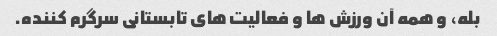
بله، و همه آن ورزش ها و فعالیت های تابستانی سرگرم کننده.